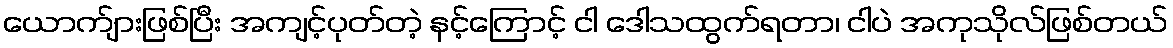
ယောက်ျားဖြစ်ပြီး အကျင့်ပုတ်တဲ့ နင့်ကြောင့် ငါ ဒေါသထွက်ရတာ၊ ငါပဲ အကုသိုလ်ဖြစ်တယ်